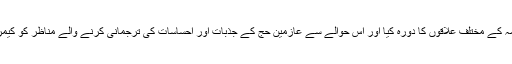
العربیہ ڈاٹ نیٹ نے مکہ مکرمہ کے مختلف علاقوں کا دورہ کیا اور اس حوالے سے عازمین حج کے جذبات اور احساسات کی ترجمانی کرنے والے مناظر کو کیمرے کی آنکھ میں محفوظ کر لیا۔